Report on lock hospitals in British Burma
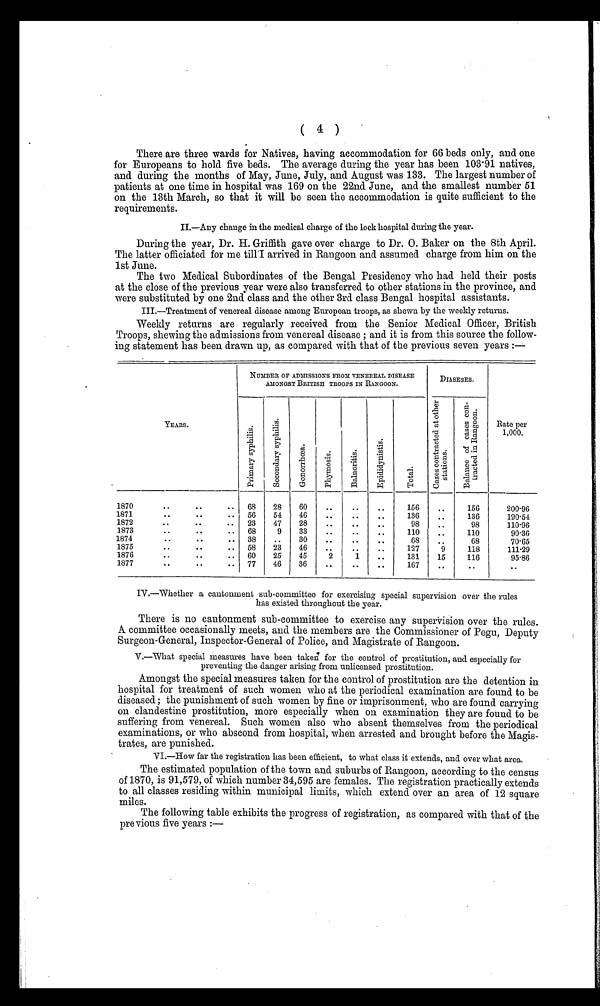
( 4 )
There are three wards for Natives, having accommodation for 66 beds only, and one
for Europeans to hold five beds. The average during the year has been 103.91 natives,
and during the months of May, June, July, and August was 133. The largest number of
patients at one time in hospital was 169 on the 22nd June, and the smallest number 51
on the 13th March, so that it will be seen the accommodation is quite sufficient to the
requirements.
II.—Any change in the medical charge of the lock hospital during the year.
During the year, Dr. H. Griffith gave over charge to Dr. 0. Baker on the 8th April.
The latter officiated for me till 'I arrived in Rangoon and assumed charge from him on the
1st June.
The two Medical Subordinates of the Bengal Presidency who had. held their posts
at the close of the previous year were also transferred to other stations in the province, and
were substituted by one 2nd class and the other 3rd class Bengal hospital assistants.
III.—Treatment of venereal disease among European troops, as shown by the weekly returns.
Weekly returns are regularly received from the Senior Medical Officer, British
Troops, sheaving the admissions from venereal disease ; and it is from this source the follow-
ing statement has been drawn up, as compared with that of the previous seven years
NUMBER OF ADMISSIONS FROM VENEREAL DISEASE
AMONGST BRITISH TROOPS IN RANGOON.
DIASESES.
YEARS
p r i m a r y s y p h i l i s .
s e c o n d a r y s y p h i l i s .
G o n o r r h œ a
P h y m o s i s .
B a l n o r i t i s .
E p i d i d y n i s t i s .
T o t a l .
C a s e s c o n t r a c t e d a t o t h e r s t a t i o n s .
B a l a n c e o f c a s e s c o n -
t r a c t e d i n R a n g o o n .
Rate per
1,000.
1870
. .
. .
..
68
28
60
. .
. .
. .
15
. .
156
200.96
1871
. .
. .
..
56
54
46
. .
. .
. .
136
. .
136
190.54
1872
. .
. .
..
23
47
28
. .
. .
. .
98
. .
98
110.96
1873
. .
..
68
9
33
. .
. .
. .
110
. .
110
90.36
1874
. .
. .
..
38
. .
30
. .
. .
. .
68
. .
68
70.65
1875
. .
. .
..
58
23
4
. .
. .
. .
127
9
118
111.29
1876
. .
. .
..
60
25
45
2
1
. .
131
15
116
95-86
1877
. .
. .
..
77
46
36
. .
. .
. .
167
. .
. .
. .
IV.—Whether a cantonment sub-committee for exercising special supervision over the rules
has existed throughout the year.
There is no cantonment sub-committee to exercise any supervision over the rules.
A committee occasionally meets, and the members are the Commissioner of Pegu, Deputy
Surgeon-General, Inspector-General of Police, and Magistrate of Rangoon.
V.—What special measures have been taken for the control of prostitution, and especially for
preventing the danger arising from unlicensed prostitution.
Amongst the special measures taken for the control of prostitution are the detention in
hospital for treatment of such women who at the periodical examination are found to be
diseased ; the punishment of such women by fine or imprisonment, who are found carrying
on clandestine prostitution, more especially when on examination they are found to be
suffering from venereal. Such women also who absent themselves from the periodical
examinations, or who abscond from hospital, when arrested and brought before the Magis-
trates, are punished.
VI.—How far the registration has been efficient, to what class it extends, and over what area.
The estimated population of the town and suburbs of Rangoon, according to the census
of 1870, is 91,579, of which number 34,595 are females. The registration practically extends
to all classes residing within municipal limits, which extend over an area of 12 square
miles.
The following table exhibits the progress of registration, as compared with that of the
previous five years :—